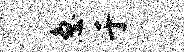
急于